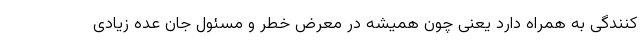
کنندگی به همراه دارد یعنی چون همیشه در معرض خطر و مسئول جان عده زیادی